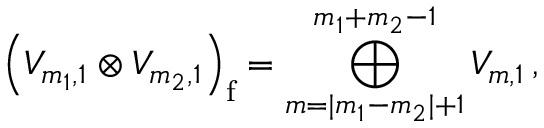
\left( { \cal V } _ { m _ { 1 } , 1 } \otimes { \cal V } _ { m _ { 2 } , 1 } \right) _ { \mathrm f } = \bigoplus _ { m = | m _ { 1 } - m _ { 2 } | + 1 } ^ { m _ { 1 } + m _ { 2 } - 1 } { \cal V } _ { m , 1 } \, ,